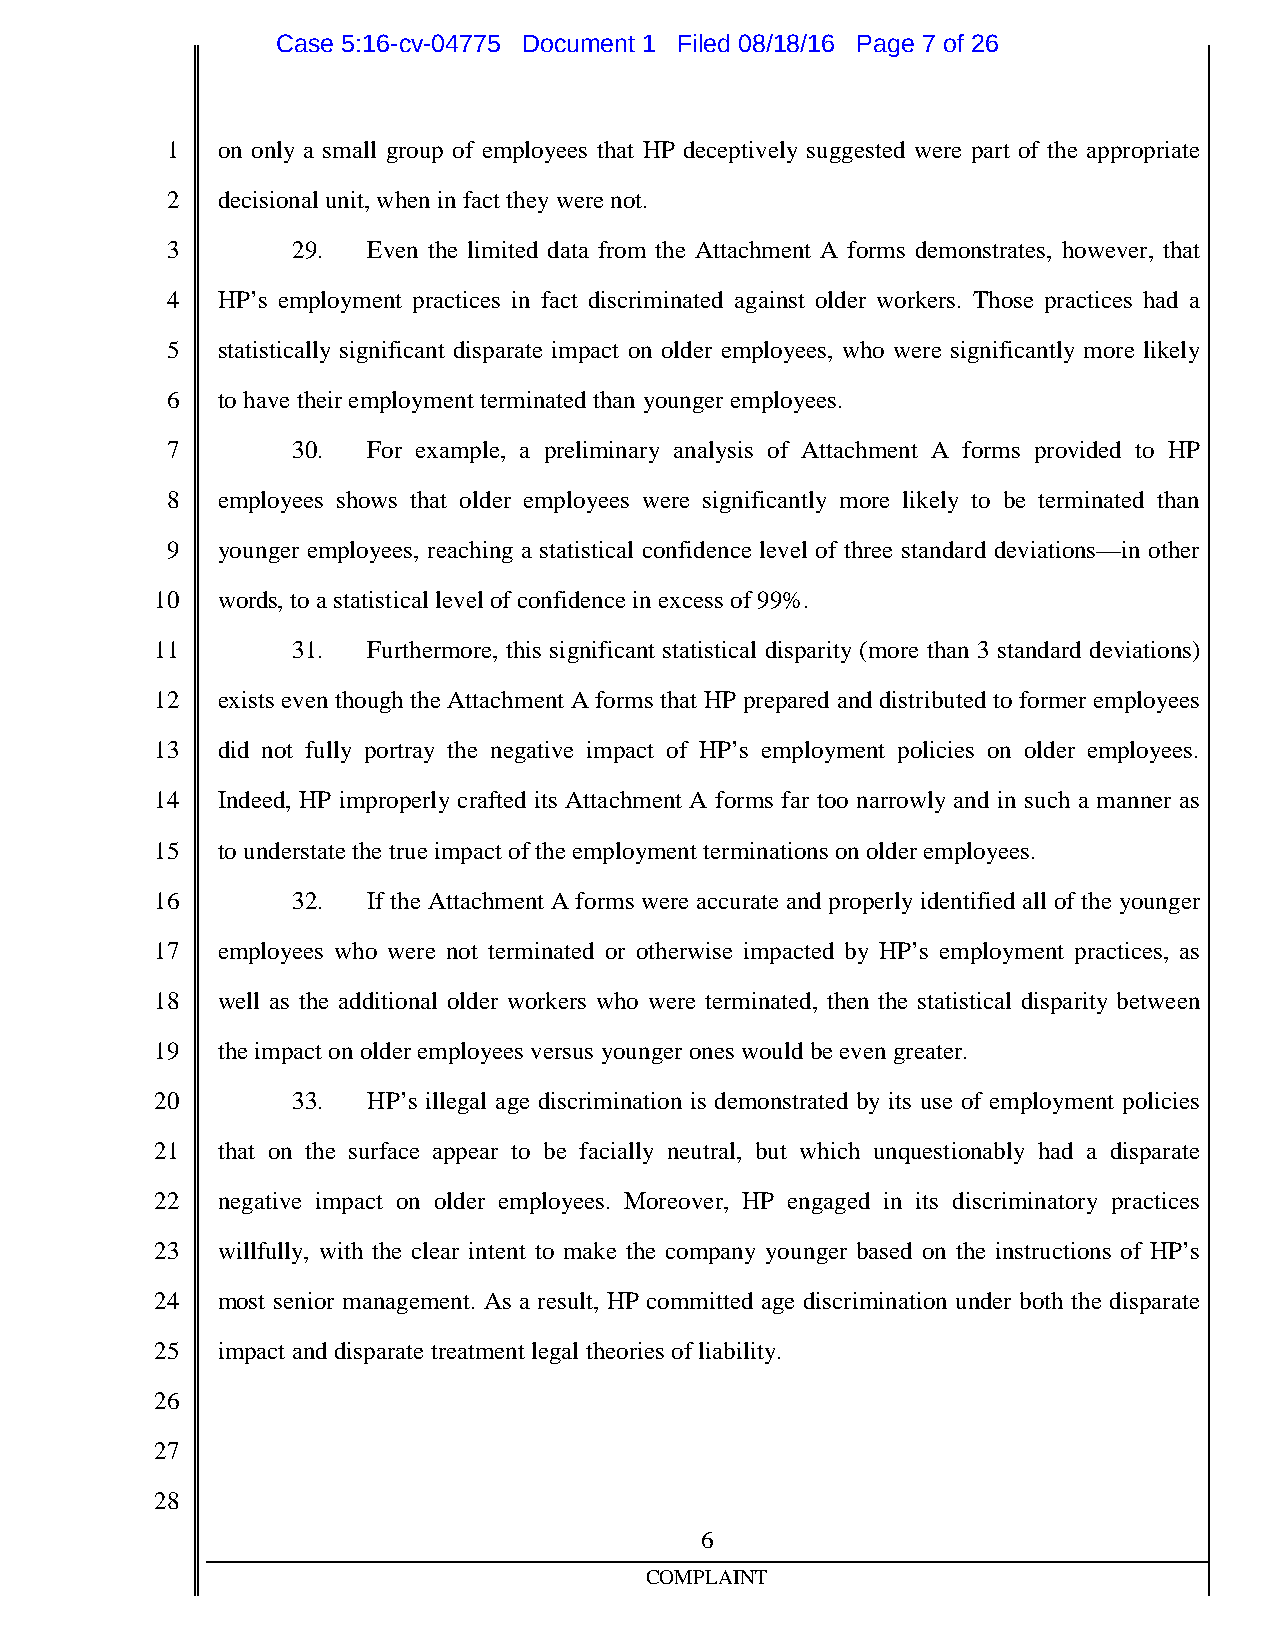
Case 5:16-cv-04775 Document 1 Filed 08/18/16 Page 7 of 26
 1  on only a small group of employees that HP deceptively suggested were part of the appropriate
 2  decisional unit,wheninfact theywerenot.
 3       29.  Even the limited data from the Attachment A forms demonstrates, however, that
 4  HP’s employment practices in fact discriminated against older workers. Those practices had a
 5  statistically significant disparate impact on older employees, who were significantly more likely
 6  tohavetheiremployment terminatedthan youngeremployees.
 7       30.  For example, a preliminary analysis of Attachment A forms provided to HP
 8  employees shows that older employees were significantly more likely to be terminated than
 9  younger employees, reaching a statistical confidence level of three standard deviations—in other
 10  words, toastatistical level ofconfidenceinexcess of99%.
 11       31.  Furthermore, this significant statistical disparity (more than 3 standard deviations)
 12  exists even though the Attachment A forms that HP prepared and distributed to former employees
 13  did not fully portray the negative impact of HP’s employment policies on older employees.
 14  Indeed, HP improperly crafted its Attachment A forms far too narrowly and in such a manner as
 15  tounderstatethetrueimpact oftheemployment terminations onolderemployees.
 16       32.  If the Attachment A forms were accurate and properlyidentified all of the younger
 17  employees who were not terminated or otherwise impacted by HP’s employment practices, as
 18  well as the additional older workers who were terminated, then the statistical disparity between
 19  theimpact onolderemployees versus youngerones wouldbeeven greater.
 20       33.  HP’s illegal age discrimination is demonstrated by its use of employment policies
 21  that on the surface appear to be facially neutral, but which unquestionably had a disparate
 22  negative impact on older employees. Moreover, HP engaged in its discriminatory practices
 23  willfully, with the clear intent to make the company younger based on the instructions of HP’s
 24  most senior management. As a result, HP committed age discrimination under both the disparate
 25  impact anddisparatetreatment legal theories ofliability.
 26
 27
 28
 6
 COMPLAINT